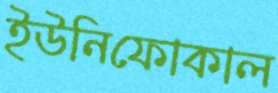
ইউনিফোকাল